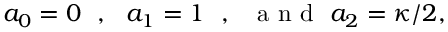
a _ { 0 } = 0 ~ ~ , ~ ~ a _ { 1 } = 1 ~ ~ , ~ ~ \textrm { a n d } \ a _ { 2 } = \kappa / 2 ,